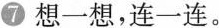
⑦想一想，连一连。